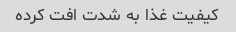
کیفیت غذا به شدت افت کرده